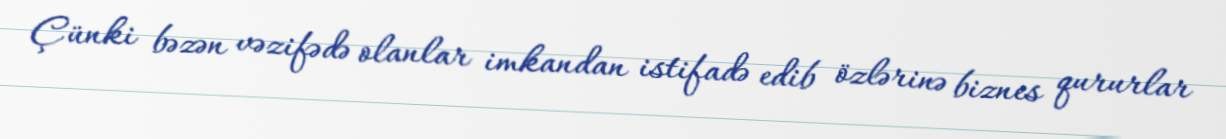
Çünki bəzən vəzifədə olanlar imkandan istifadə edib özlərinə biznes qururlar